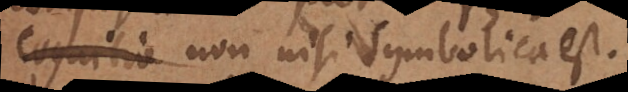
tio non nisi symbolica est.